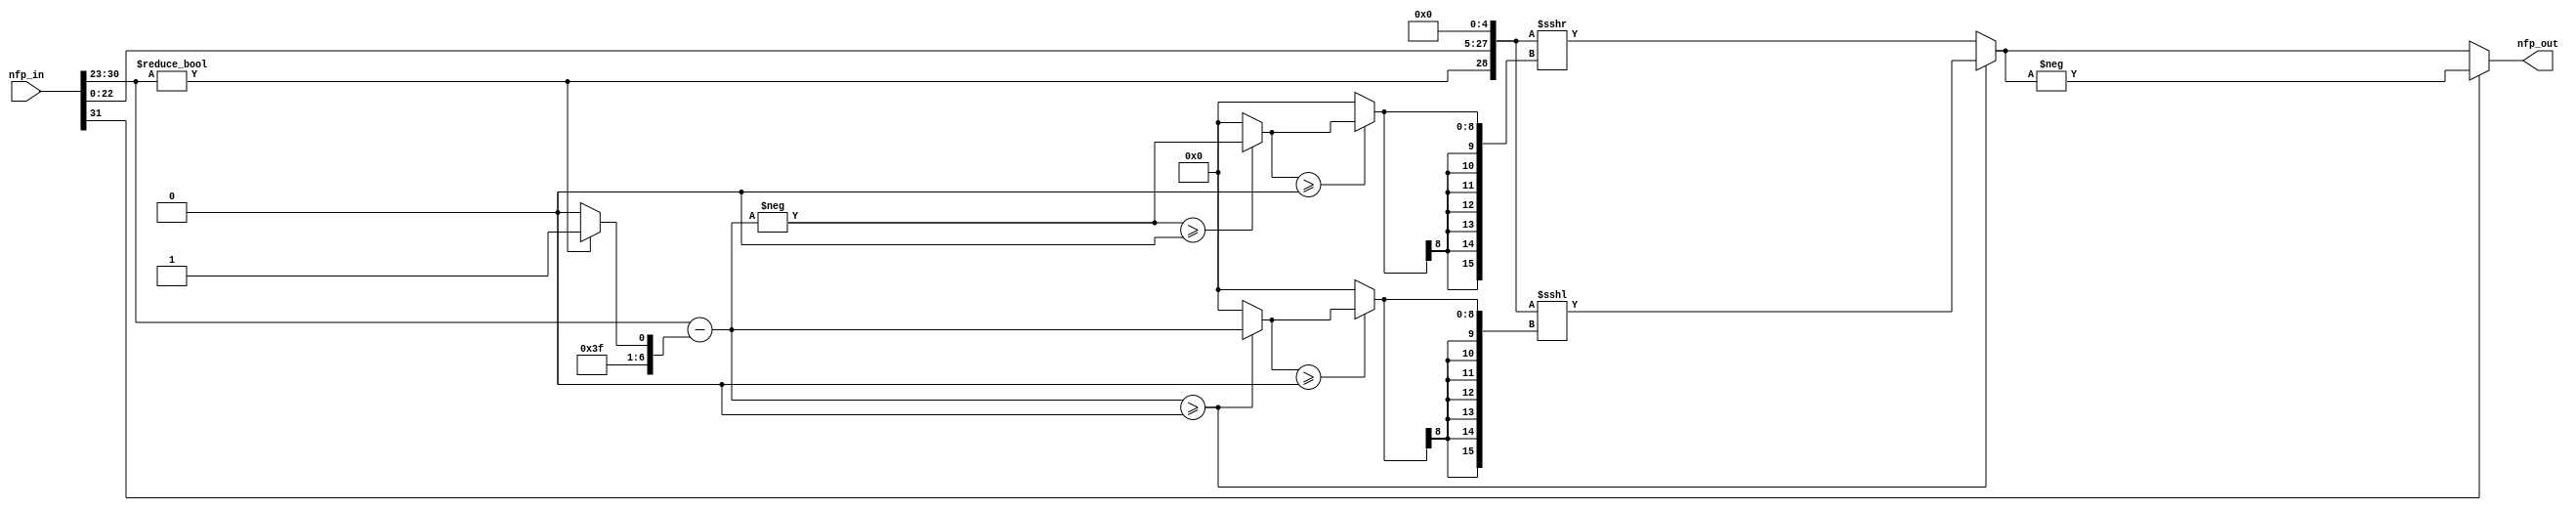
// ---------------------------------------------------------------
// Conversion from Single Precision to Signed N32.Q28 Fixed Point
// ---------------------------------------------------------------

`timescale 1 us / 1 us

module nfp_convert_single_to_sfix_32_En28
          (nfp_in,
           nfp_out);


  input   [31:0] nfp_in;  // ufix32
  output  signed [31:0] nfp_out;  // sfix32_En28


  wire In1;  // ufix1
  wire [7:0] In2;  // ufix8
  wire [22:0] In3;  // ufix23
  wire Compare_To_Zero1_out1;
  wire [7:0] Constant3_out1;  // uint8
  wire [7:0] Constant2_out1;  // uint8
  wire [7:0] Switch2_out1;  // uint8
  wire signed [8:0] Add_1;  // sfix9
  wire signed [8:0] Add_2;  // sfix9
  wire signed [8:0] alphave;  // sfix9
  wire Compare_To_Zero_out1;
  wire [23:0] Bit_Concat_out1;  // ufix24
  wire [23:0] Data_Type_Conversion1_out1;  // ufix24_En23
  wire signed [9:0] Unary_Minus_in0;  // sfix10
  wire signed [9:0] Unary_Minus_1;  // sfix10
  wire signed [8:0] alphave_1;  // sfix9
  wire signed [8:0] shift_arithmetic1_zerosig;  // sfix9
  wire signed [8:0] shift_arithmetic1_selsig;  // sfix9
  wire signed [8:0] shift_arithmetic2_zerosig;  // sfix9
  wire signed [8:0] shift_arithmetic2_selsig;  // sfix9
  wire equality;
  wire [31:0] Data_Type_Conversion_out1;  // ufix32_En28
  wire signed [8:0] dynamic_shift_zerosig;  // sfix9
  wire signed [8:0] dynamic_shift_selsig;  // sfix9
  wire signed [15:0] dynamic_shift_cast;  // int16
  wire [31:0] Shift_Arithmetic1_out1;  // ufix32_En28
  wire [31:0] Data_Type_Conversion1_out1_1;  // ufix32_En28
  wire signed [8:0] dynamic_shift_zerosig_1;  // sfix9
  wire signed [8:0] dynamic_shift_selsig_1;  // sfix9
  wire signed [15:0] dynamic_shift_cast_1;  // int16
  wire [31:0] Shift_Arithmetic2_out1;  // ufix32_En28
  wire [31:0] Switch1_out1;  // ufix32_En28
  wire signed [32:0] Data_Type_Conversion1_out1_2;  // sfix33_En28
  wire signed [33:0] Unary_Minus_cast;  // sfix34_En28
  wire signed [33:0] Unary_Minus_cast_1;  // sfix34_En28
  wire signed [32:0] Unary_Minus_out1;  // sfix33_En28
  wire signed [32:0] Switch1_out1_1;  // sfix33_En28
  wire signed [31:0] Data_Type_Conversion2_out1;  // sfix32_En28


  // Split 32 bit word into FP sign, exponent, mantissa
  assign In1 = nfp_in[31];
  assign In2 = nfp_in[30:23];
  assign In3 = nfp_in[22:0];



  assign Compare_To_Zero1_out1 = In2 != 8'b00000000;



  assign Constant3_out1 = 8'b01111110;



  assign Constant2_out1 = 8'b01111111;



  assign Switch2_out1 = (Compare_To_Zero1_out1 == 1'b0 ? Constant3_out1 :
              Constant2_out1);



  assign Add_1 = {1'b0, In2};
  assign Add_2 = {1'b0, Switch2_out1};
  assign alphave = Add_1 - Add_2;



  assign Compare_To_Zero_out1 = In2 != 8'b00000000;



  assign Bit_Concat_out1 = {Compare_To_Zero_out1, In3};



  assign Data_Type_Conversion1_out1 = Bit_Concat_out1;



  assign Unary_Minus_1 = {alphave[8], alphave};
  assign Unary_Minus_in0 =  - (Unary_Minus_1);
  assign alphave_1 = Unary_Minus_in0[8:0];



  assign shift_arithmetic1_zerosig = 9'sb000000000;



  assign shift_arithmetic1_selsig = (alphave_1 >= shift_arithmetic1_zerosig ? alphave_1 :
              shift_arithmetic1_zerosig);



  assign shift_arithmetic2_zerosig = 9'sb000000000;



  assign shift_arithmetic2_selsig = (alphave >= shift_arithmetic2_zerosig ? alphave :
              shift_arithmetic2_zerosig);



  assign equality = alphave >= 9'sb000000000;



  assign Data_Type_Conversion_out1 = {3'b0, {Data_Type_Conversion1_out1, 5'b00000}};



  assign dynamic_shift_zerosig = 9'sb000000000;



  assign dynamic_shift_selsig = (shift_arithmetic1_selsig >= dynamic_shift_zerosig ? shift_arithmetic1_selsig :
              dynamic_shift_zerosig);



  assign dynamic_shift_cast = {{7{dynamic_shift_selsig[8]}}, dynamic_shift_selsig};
  assign Shift_Arithmetic1_out1 = Data_Type_Conversion_out1 >>> dynamic_shift_cast;



  assign Data_Type_Conversion1_out1_1 = {3'b0, {Data_Type_Conversion1_out1, 5'b00000}};



  assign dynamic_shift_zerosig_1 = 9'sb000000000;



  assign dynamic_shift_selsig_1 = (shift_arithmetic2_selsig >= dynamic_shift_zerosig_1 ? shift_arithmetic2_selsig :
              dynamic_shift_zerosig_1);



  assign dynamic_shift_cast_1 = {{7{dynamic_shift_selsig_1[8]}}, dynamic_shift_selsig_1};
  assign Shift_Arithmetic2_out1 = Data_Type_Conversion1_out1_1 <<< dynamic_shift_cast_1;



  assign Switch1_out1 = (equality == 1'b0 ? Shift_Arithmetic1_out1 :
              Shift_Arithmetic2_out1);



  assign Data_Type_Conversion1_out1_2 = {1'b0, Switch1_out1};



  assign Unary_Minus_cast = {Data_Type_Conversion1_out1_2[32], Data_Type_Conversion1_out1_2};
  assign Unary_Minus_cast_1 =  - (Unary_Minus_cast);
  assign Unary_Minus_out1 = Unary_Minus_cast_1[32:0];



  assign Switch1_out1_1 = (In1 == 1'b0 ? Data_Type_Conversion1_out1_2 :
              Unary_Minus_out1);



  assign Data_Type_Conversion2_out1 = Switch1_out1_1[31:0];



  assign nfp_out = Data_Type_Conversion2_out1;

endmodule  // nfp_convert_single_to_sfix_32_En28